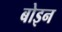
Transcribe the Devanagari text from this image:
बोइन